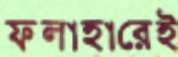
ফলাহারেই